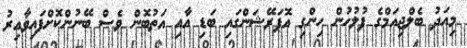
މިއަދު ބެލްޖިއަމްގެ ފުލުހުން ހިންގި އޮޕަރޭޝަންގައި ބަޑި އާއި އަތުބޮން ވެސް ބޭނުންކޮށްފައިވާއިރު